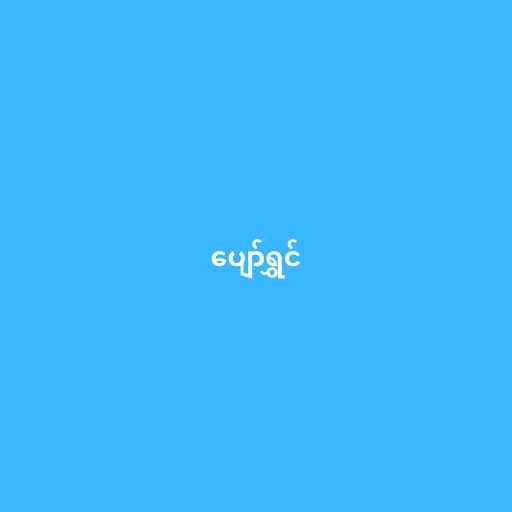
ပျော်ရွှင်